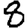
Digit: 8